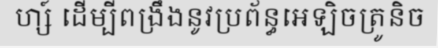
ហ្ស៍ ដើម្បីពង្រឹងនូវប្រព័ន្ធអេឡិចត្រូនិច